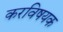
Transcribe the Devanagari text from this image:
करविषयक